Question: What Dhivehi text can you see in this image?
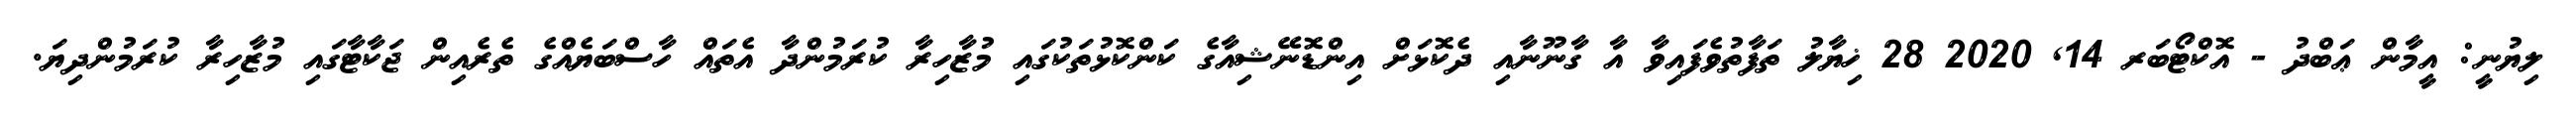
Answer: ލިޔުނީ: އީމާން ޢަބްދު - އޮކްޓޯބަރ 14, 2020 28 ޚިޔާލު ތަފާތުވެފައިވާ އާ ގާނޫނާއި ދެކޮޅަށް އިންޑޮނޭޝިއާގެ ކަންކޮޅުތަކުގައި މުޒާހިރާ ކުރަމުންދާ އެތައް ހާސްބަޔެއްގެ ތެރެއިން ޖަކާޓާގައި މުޒާހިރާ ކުރަމުންދިޔަ.